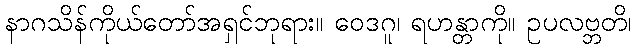
နာဂသိန်ကိုယ်တော်အရှင်ဘုရား။ ဝေဒဂူ၊ ရဟန္တာကို။ ဥပလဗ္ဘတိ၊